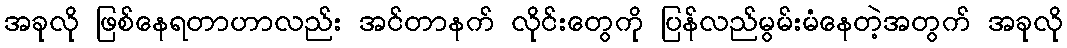
အခုလို ဖြစ်နေရတာဟာလည်း အင်တာနက် လိုင်းတွေကို ပြန်လည်မွမ်းမံနေတဲ့အတွက် အခုလို